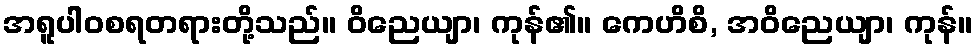
အရူပါဝစရတရားတို့သည်။ ဝိညေယျာ၊ ကုန်၏။ ကေဟိစိ, အဝိညေယျာ၊ ကုန်။